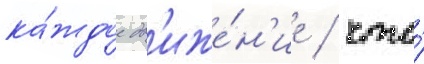
ка́ждое дв'иже́н'ие / что́